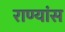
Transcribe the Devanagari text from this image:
राण्यांस